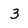
Character: 3